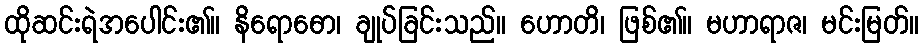
ထိုဆင်းရဲအပေါင်း၏။ နိရောဓော၊ ချုပ်ခြင်းသည်။ ဟောတိ၊ ဖြစ်၏။ မဟာရာဇ၊ မင်းမြတ်။